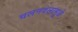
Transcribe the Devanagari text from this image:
चलनवलामुळे